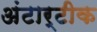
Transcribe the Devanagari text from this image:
अंटार्टीक